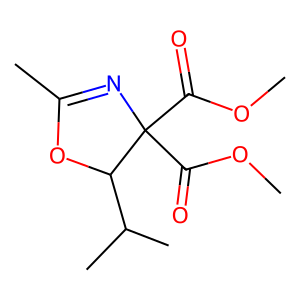
SMILES: COC(=O)C1(C(=O)OC)N=C(C)OC1C(C)C
Inhibits HIV replication: No